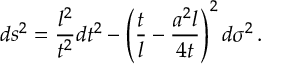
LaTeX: d s ^ { 2 } = \frac { l ^ { 2 } } { t ^ { 2 } } d t ^ { 2 } - \left( \frac t l - \frac { a ^ { 2 } l } { 4 t } \right) ^ { 2 } d \sigma ^ { 2 } \, .